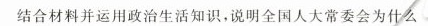
结合材料并运用政治生活知识，说明全国人大常委会为什么